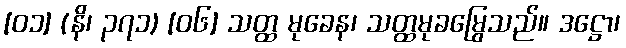
[၀၁] (နိ၊ ၃၇၁) [၀၆] သတ္ထ မုခေန၊ သတ္ထမုခမြွေသည်။ ဒဋ္ဌော၊